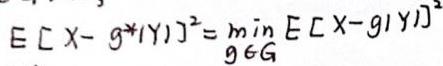
$E [X - g^*(Y)]^2 = \min_{g \in G} E [X - g(Y)]^2$